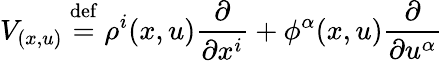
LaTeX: V_{(x,u)}\ {\stackrel{\mathrm{def}}{=}}\ \rho^{i}(x,u){\frac{\partial}{\partial x^{i}}}+\phi^{\alpha}(x,u){\frac{\partial}{\partial u^{\alpha}}}